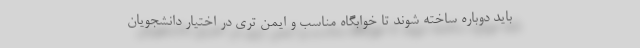
باید دوباره ساخته شوند تا خوابگاه مناسب و ایمن تری در اختیار دانشجویان